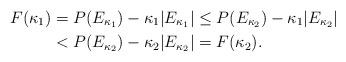
LaTeX: \begin{align*}F(\kappa_1)&= P(E_{\kappa_1}) - \kappa_1 |E_{\kappa_1}| \le P(E_{\kappa_2}) - \kappa_1 |E_{\kappa_2}|\\&< P(E_{\kappa_2}) - \kappa_2 |E_{\kappa_2}| = F(\kappa_2).\end{align*}